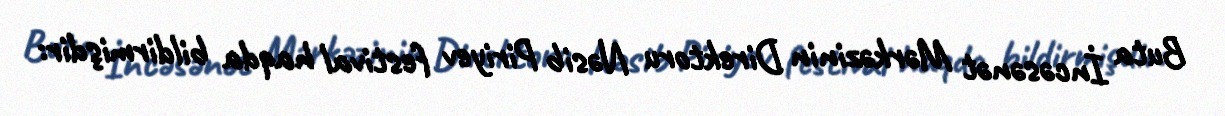
Buta İncəsənət Mərkəzinin Direktoru Nəsib Piriyev festival haqda bildirmişdir: